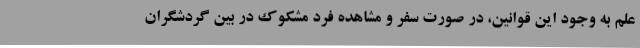
علم به وجود این قوانین، در صورت سفر و مشاهده فرد مشکوک در بین گردشگران